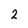
Character: 2